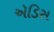
ઍડિસ